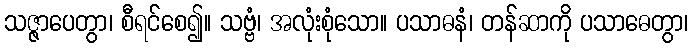
သဇ္ဇာပေတွာ၊ စီရင်စေ၍။ သဗ္ဗံ၊ အလုံးစုံသော။ ပသာဓနံ၊ တန်ဆာကို ပသာဓေတွာ၊